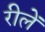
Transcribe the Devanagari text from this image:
रीलें